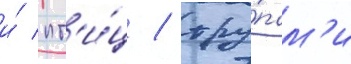
и́ пт'и́ц / тру́пам'и